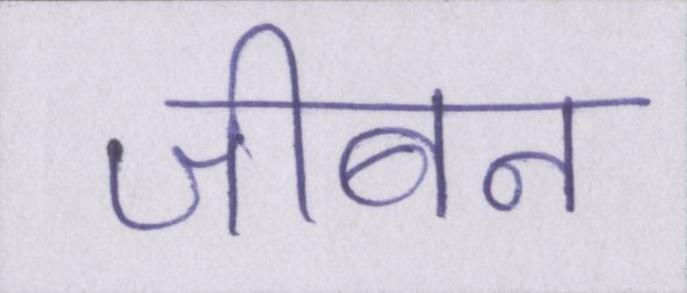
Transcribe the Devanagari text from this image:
जीबन